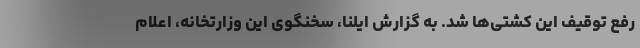
رفع توقیف این کشتی‌ها شد. به گزارش ایلنا، سخنگوی این وزارتخانه، اعلام